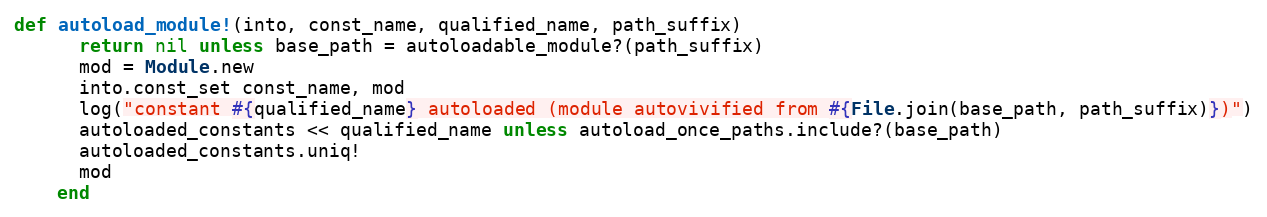
Language: Ruby
def autoload_module!(into, const_name, qualified_name, path_suffix)
      return nil unless base_path = autoloadable_module?(path_suffix)
      mod = Module.new
      into.const_set const_name, mod
      log("constant #{qualified_name} autoloaded (module autovivified from #{File.join(base_path, path_suffix)})")
      autoloaded_constants << qualified_name unless autoload_once_paths.include?(base_path)
      autoloaded_constants.uniq!
      mod
    end